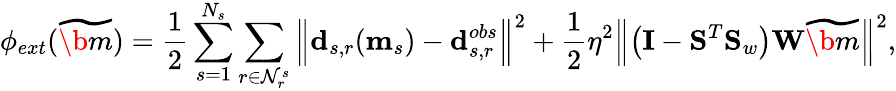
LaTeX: \phi_{ext}(\widetilde{\b{m}})=\frac{1}{2}\sum_{s=1}^{N_{s}}\sum_{r\in\mathcal{N}_{r}^{s}}\Big\Vert\mathbf{d}_{s,r}(\mathbf{m}_{s})-\mathbf{d}_{s,r}^{obs}\Big\Vert^{2}+\frac{1}{2}\eta^{2}\Big\Vert\big(\mathbf{I}-\mathbf{S}^{T}\mathbf{S}_{w}\big)\mathbf{W}\widetilde{\b{m}}\Big\Vert^{2},